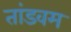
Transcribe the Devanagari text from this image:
तांडवम